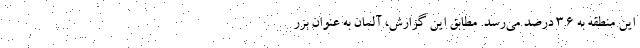
این منطقه به ۳.۶ درصد می‌رسد. مطابق این گزارش، آلمان به عنوان بزر